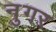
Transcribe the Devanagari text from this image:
नुगर